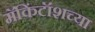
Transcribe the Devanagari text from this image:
मॅकिंटॉशच्या